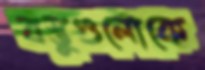
বস্তুগুলোকে